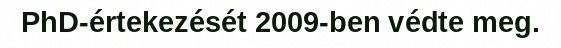
PhD-értekezését 2009-ben védte meg.